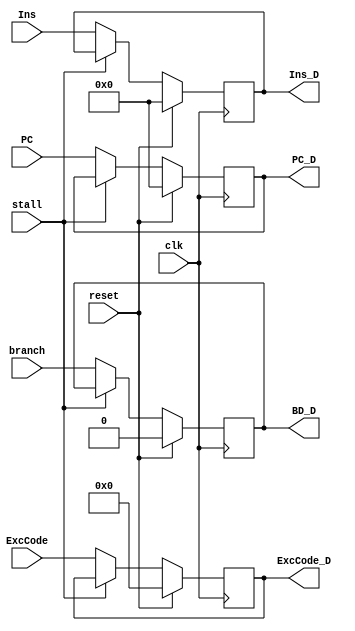
`timescale 1ns / 1ps

module DReg(clk,reset,stall,branch,Ins,PC,ExcCode,Ins_D,PC_D,ExcCode_D,BD_D);
//interface
    input clk;
    input reset;
    input stall;
    input branch;

    input [31:0] Ins;
    input [31:0] PC;

    input [6:2] ExcCode;

    output reg [31:0] Ins_D;
    output reg [31:0] PC_D;
    
    output reg [6:2] ExcCode_D;
    output reg BD_D;

//sequential logic	
    /*
	initial
		begin
			Ins_D=0;
            PC_D=0;
            ExcCode_D=0;
            BD_D=0;
		end
    */
    
    always @(posedge clk)
        begin
            if(reset)
                begin
                    Ins_D<=0;
                    PC_D<=0;        //PC_D doesn't need to stick any PC,so it can be set zero.
                    ExcCode_D<=0;
                    BD_D<=0;
                end
            else if(stall)
                begin
                    Ins_D<=Ins_D;
                    PC_D<=PC_D;
                    ExcCode_D<=ExcCode_D;
                    BD_D<=BD_D;
                end
            else
                begin
                    Ins_D<=Ins;
                    PC_D<=PC;
                    ExcCode_D<=ExcCode;
                    BD_D<=branch;   //BD is stuck on Ins_F when Ins_D is branch
                end
        end

endmodule